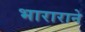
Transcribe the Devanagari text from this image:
भाराराने